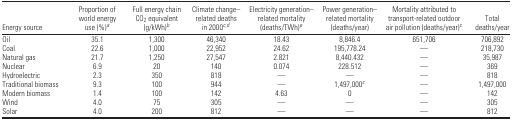
| Energy source | Proportion of world energy use (%)a | Full energy chain CO2 equivalent (g/kWh)b | Climate change–related deaths in 2000c,d | Electricity generation–related mortality (deaths/TWh)e | Power generation–related mortality (deaths/year) | Mortality attributed to transport-related outdoor air pollution (deaths/year)c | Total deaths/year |
 | --- | --- | --- | --- | --- | --- | --- | --- |
 | Oil | 35.1 | 1,300 | 46,340 | 18.43 | 8,846.4 | 651,706 | 706,892 |
 | Coal | 22.6 | 1,000 | 22,952 | 24.62 | 195,778.24 | — | 218,730 |
 | Natural gas | 21.7 | 1,250 | 27,547 | 2.821 | 8,440.432 | — | 35,987 |
 | Nuclear | 6.9 | 20 | 140 | 0.074 | 228.512 | — | 369 |
 | Hydroelectric | 2.3 | 350 | 818 | — | — | — | 818 |
 | Traditional biomass | 9.3 | 100 | 944 | — | 1,497,000c | — | 1,497,000 |
 | Modern biomass | 1.4 | 100 | 142 | 4.63 | 0 | — | 142 |
 | Wind | 4.0 | 75 | 305 | — | — | — | 305 |
 | Solar | 4.0 | 200 | 812 | — | — | — | 812 |